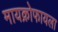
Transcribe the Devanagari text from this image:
मायक्रोफायला